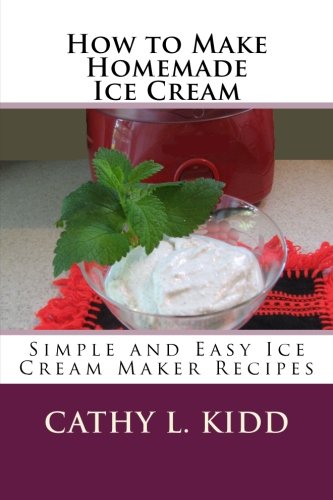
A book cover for How to Make Homemade Ice Cream: Simple and Easy Ice Cream Maker Recipes; Cathy L. Kidd; Cookbooks, Food & Wine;